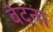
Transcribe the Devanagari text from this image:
बेदना